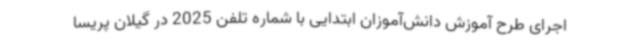
اجرای طرح آموزش دانش‌آموزان ابتدایی با شماره تلفن 2025 در گیلان پریسا